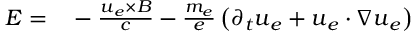
\begin{array} { r l } { \boldsymbol { E } = } & { { } - \frac { \boldsymbol { u } _ { e } \times \boldsymbol { B } } { c } - \frac { m _ { e } } { e } \left( \partial _ { t } \boldsymbol { u } _ { e } + \boldsymbol { u } _ { e } \cdot \nabla \boldsymbol { u } _ { e } \right) } \end{array}